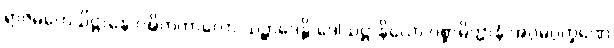
ရာဇမဟေသိဋ္ဌာနေ ဝဍ္ဎိတကာလော သဉ္ဆာဒေန္တိ ဒေါသဋ္ဌာနိယော ပစ္စာမိတ္တာနံ အဂ္ဂမဂ္ဂက္ခဏေ